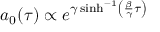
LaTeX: a _ { 0 } ( \tau ) \propto e ^ { \gamma \sinh ^ { - 1 } \left( { \frac { \beta } { \gamma } } \tau \right) }